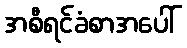
အစီရင်ခံစာအပေါ်